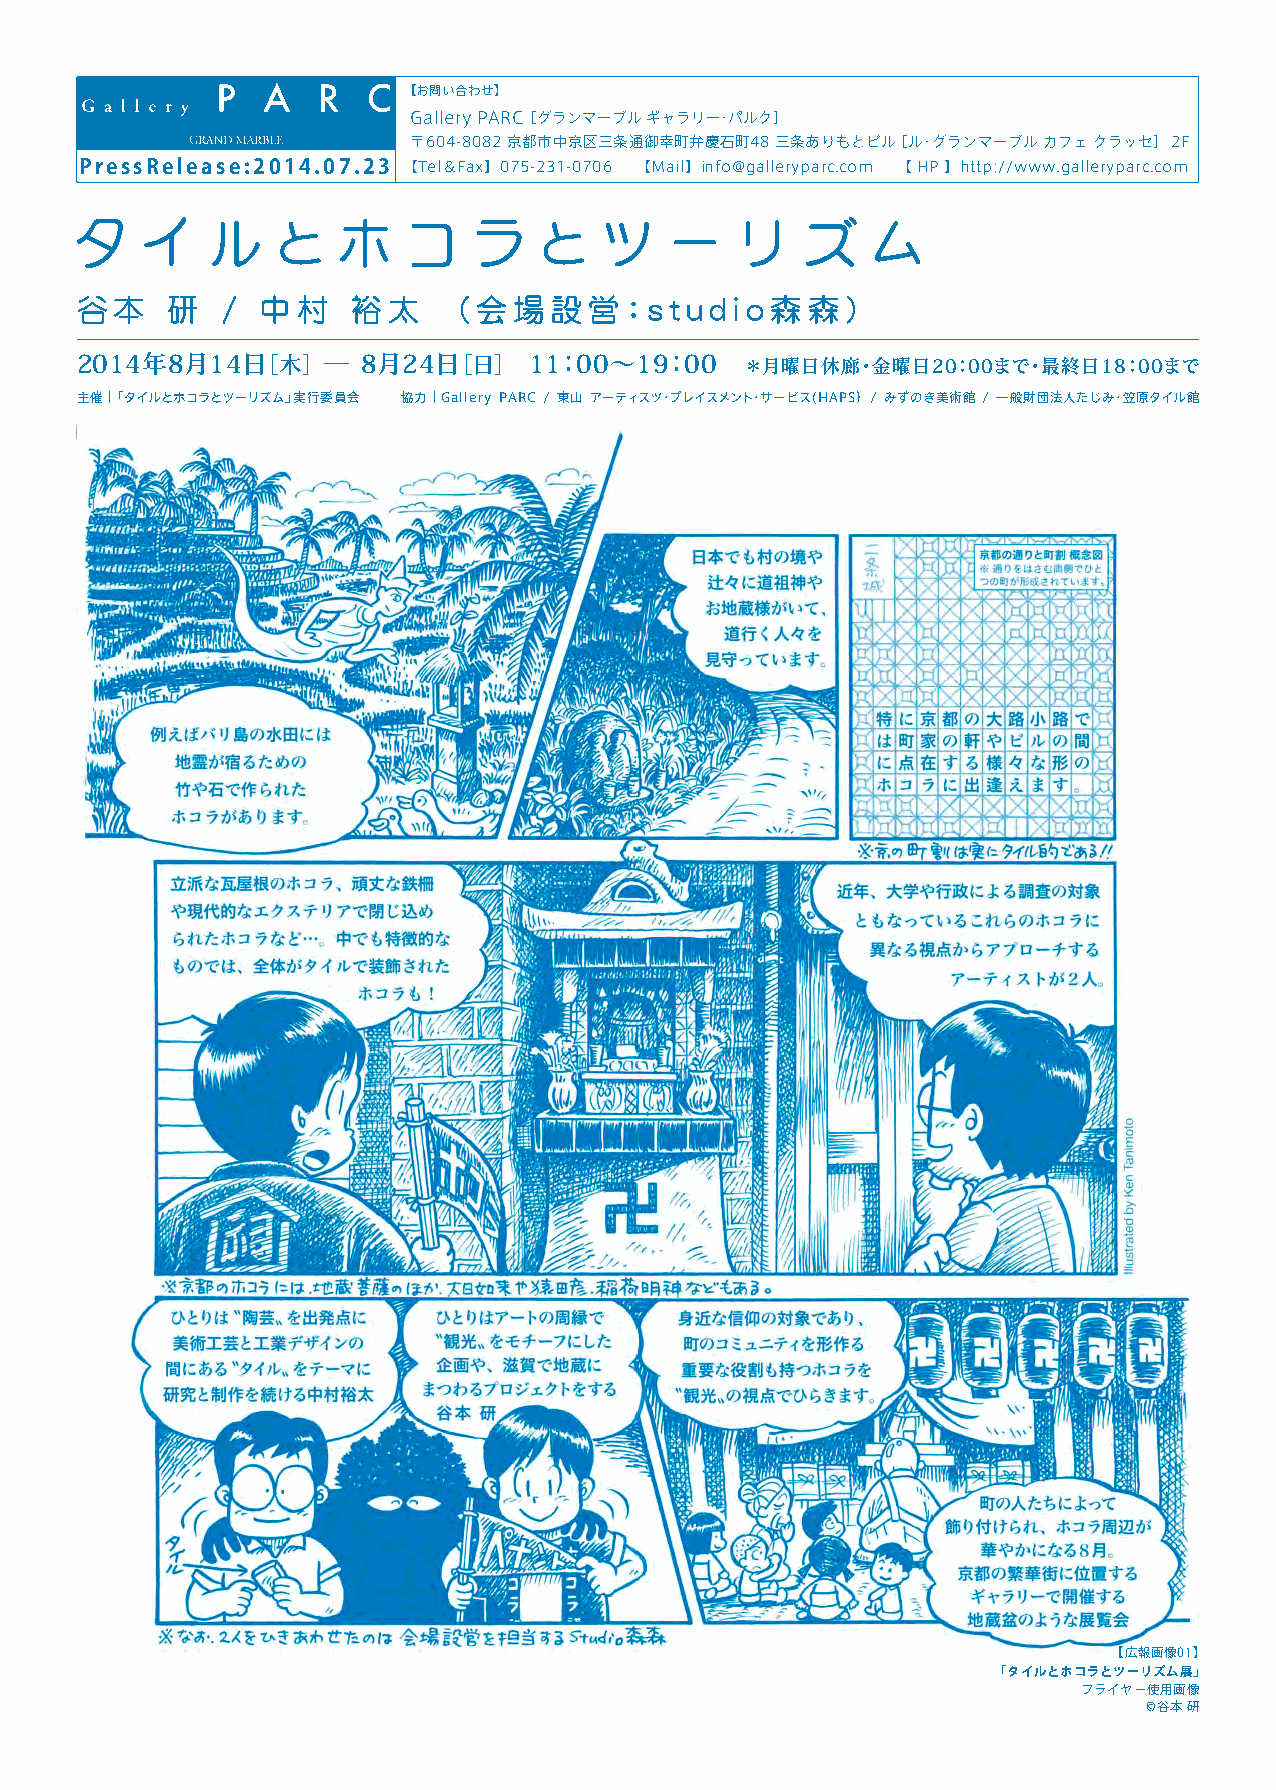
【お問い合わせ】
 Gallery PARC［ グランマーブル ギャラリー・パルク］
 〒604-8082 京都市中京区三条通御幸町弁慶石町48 三条ありもとビル［ ル・グランマーブル カフェ クラッセ］ 2F
 PressRelease:2014.07.23 【Tel＆Fax】 075-231-0706 【Mail】 info@galleryparc.com 【 HP 】 http://www.galleryparc.com
 タ   イ    ル   と   ホ    コ   ラ    と   ツ   ー    リ   ズ    ム
 谷本    研   / 中村    裕太     (会場設営：studi        o森森)
 2014年8月14日［木］    ─ 8月24日［日］   11：00〜19：00   ＊月曜日休廊・金曜日20：00まで・最終日18：00まで
 主催｜「タイルとホコラとツーリズム」実行委員会 協力｜Gallery PARC / 東山 アーティスツ・プレイスメント・サービス(HAPS） / みずのき美術館 / 一般財団法人たじみ・笠原タイル館
 【広報画像01】
 「タイルとホコラとツーリズム展」
 フライヤー使用画像
 ©谷本 研